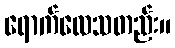
ရောက်လေသတည်း။